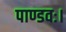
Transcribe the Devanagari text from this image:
पाण्डवः।